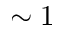
\sim 1